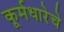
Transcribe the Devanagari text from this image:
कूर्मधारेचे